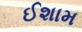
ઈશામ